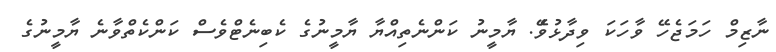
ނާޒިމް ހަމަޖެހޭ ވާހަކަ ވިދާޅުވެޭ. ޔާމީނު ކަންނެތިއްޔާ ޔާމީނުގެ ކެބިނެޓްވެސް ކަންކެތްވާނެ ޔާމީނުގެ